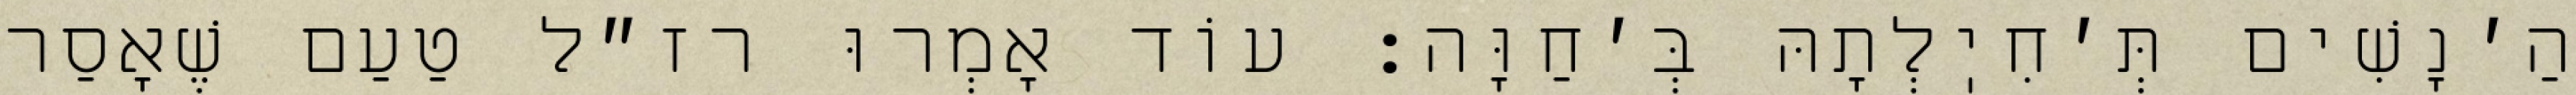
הַ׳נָשִׁים תְּ׳חִיֽלְתָהּ בְּ׳חַוָּה: עוֹד אָמְרוּ רז״ל טַעַם שֶׁאָסַר